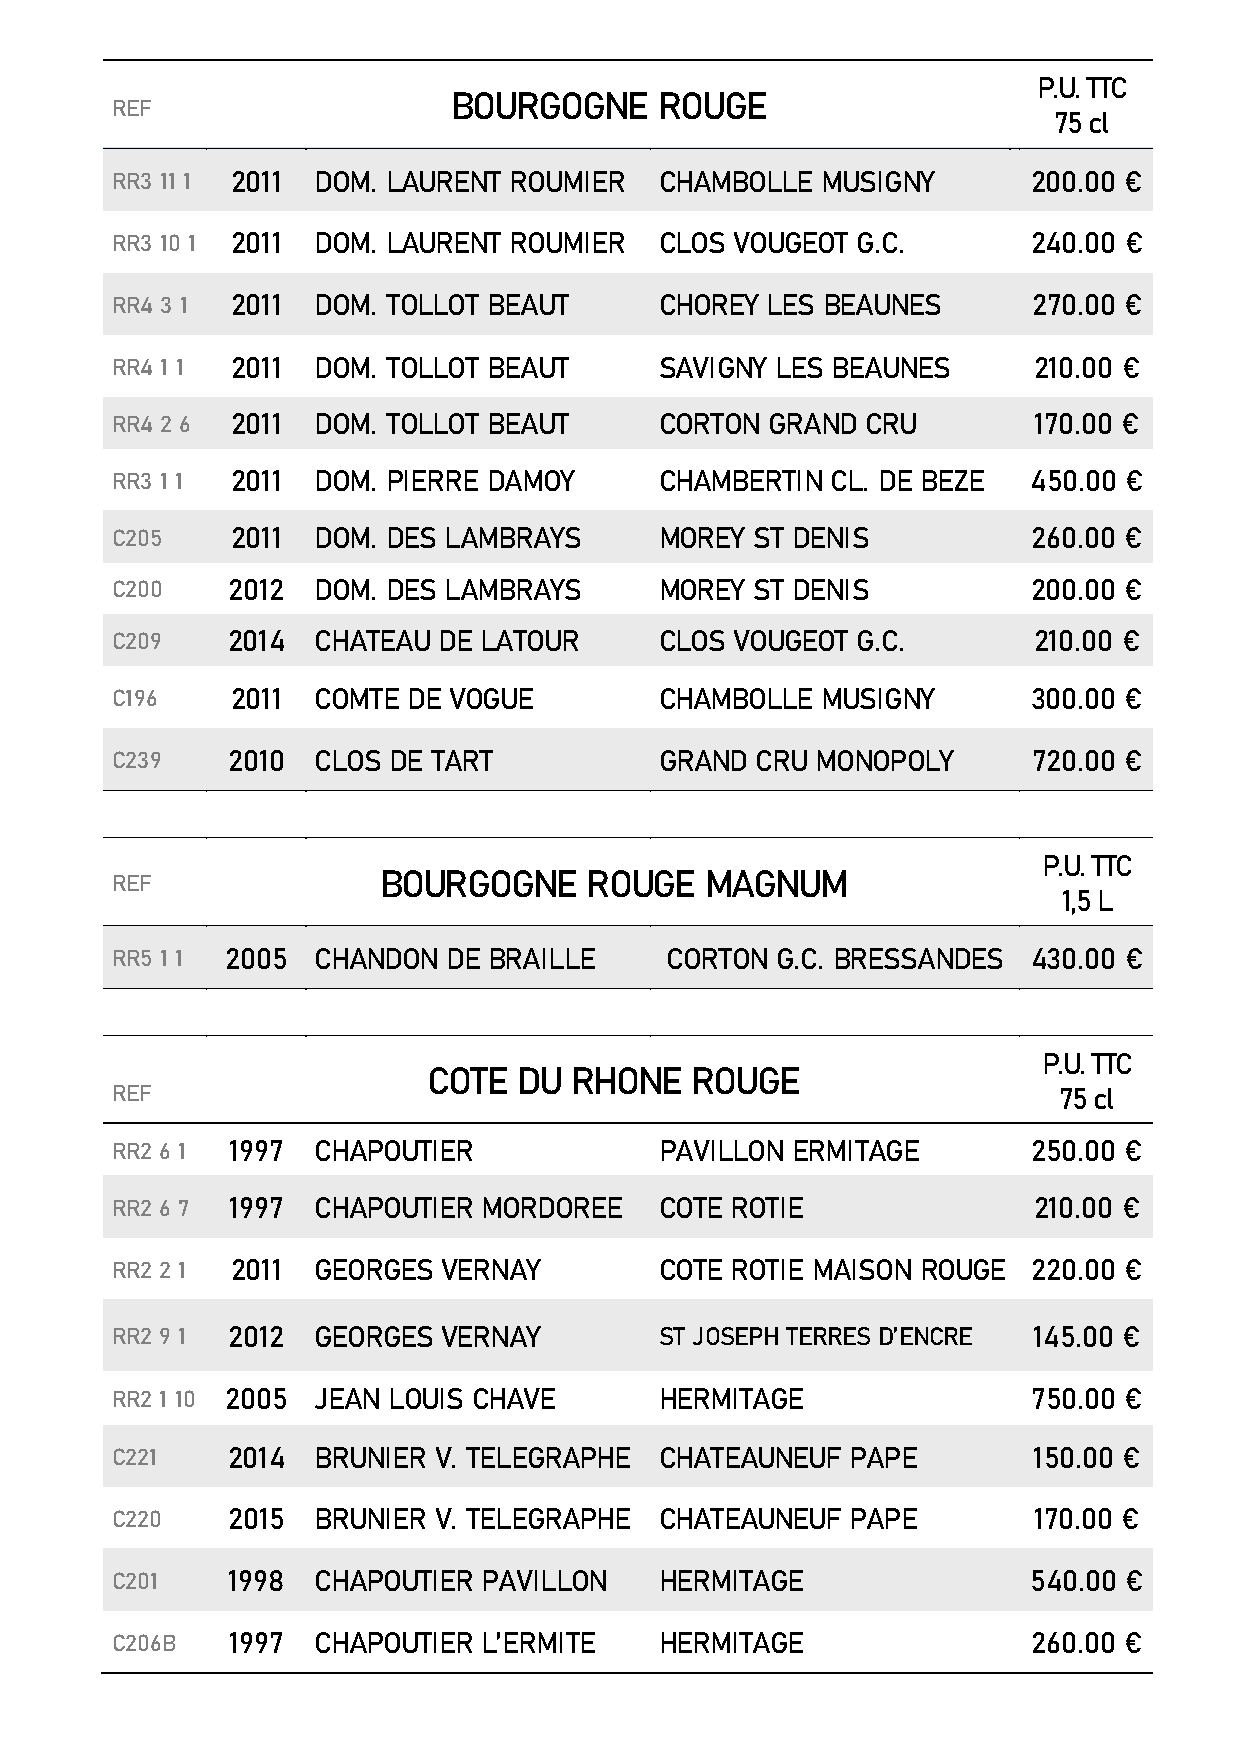
P.U. TTC
 BOURGOGNE     ROUGE
 REF
 75 cl
 RR3 11 1 2011 DOM. LAURENT ROUMIER   CHAMBOLLE MUSIGNY       200.00 €
 RR3 10 1 2011 DOM. LAURENT ROUMIER   CLOS VOUGEOT G.C.       240.00 €
 RR4 3 1 2011  DOM. TOLLOT BEAUT      CHOREY LES BEAUNES      270.00 €
 RR4 1 1 2011  DOM. TOLLOT BEAUT      SAVIGNY LES BEAUNES     210.00 €
 RR4 2 6 2011  DOM. TOLLOT BEAUT      CORTON GRAND CRU        170.00 €
 RR3 1 1 2011  DOM. PIERRE DAMOY      CHAMBERTIN CL. DE BEZE  450.00 €
 C205    2011  DOM. DES LAMBRAYS      MOREY ST DENIS          260.00 €
 C200    2012  DOM. DES LAMBRAYS      MOREY ST DENIS          200.00 €
 C209    2014  CHATEAU DE LATOUR      CLOS VOUGEOT G.C.       210.00 €
 C196    2011  COMTE DE VOGUE         CHAMBOLLE MUSIGNY       300.00 €
 C239    2010  CLOS DE TART           GRAND CRU MONOPOLY      720.00 €
 P.U. TTC
 REF               BOURGOGNE     ROUGE   MAGNUM
 1,5 L
 RR5 1 1 2005  CHANDON  DE BRAILLE    CORTON G.C. BRESSANDES  430.00 €
 P.U. TTC
 COTE  DU  RHONE   ROUGE
 REF                                                            75 cl
 RR2 6 1 1997  CHAPOUTIER             PAVILLON ERMITAGE       250.00 €
 RR2 6 7 1997  CHAPOUTIER MORDOREE    COTE ROTIE              210.00 €
 RR2 2 1 2011  GEORGES VERNAY         COTE ROTIE MAISON ROUGE 220.00 €
 RR2 9 1 2012  GEORGES VERNAY         ST JOSEPH TERRES D’ENCRE 145.00 €
 RR2 1 10 2005 JEAN LOUIS CHAVE       HERMITAGE               750.00 €
 C221    2014  BRUNIER V. TELEGRAPHE  CHATEAUNEUF PAPE        150.00 €
 C220    2015  BRUNIER V. TELEGRAPHE  CHATEAUNEUF PAPE        170.00 €
 C201    1998  CHAPOUTIER PAVILLON    HERMITAGE               540.00 €
 C206B   1997  CHAPOUTIER L’ERMITE    HERMITAGE               260.00 €